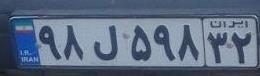
۹۸ل۵۹۸۳۲